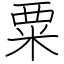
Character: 粟